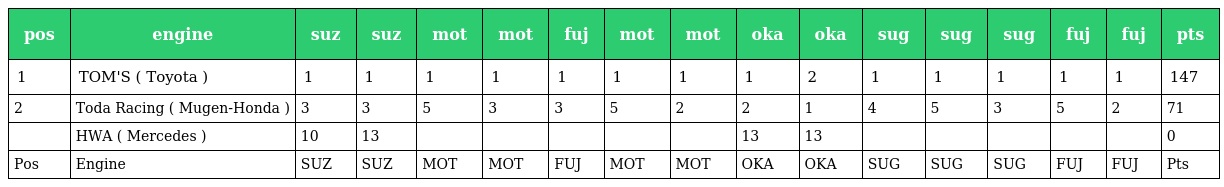
| pos | engine | suz | suz | mot | mot | fuj | mot | mot | oka | oka | sug | sug | sug | fuj | fuj | pts |
 | --- | --- | --- | --- | --- | --- | --- | --- | --- | --- | --- | --- | --- | --- | --- | --- | --- |
 | 1 | TOM'S ( Toyota ) | 1 | 1 | 1 | 1 | 1 | 1 | 1 | 1 | 2 | 1 | 1 | 1 | 1 | 1 | 147 |
 | 2 | Toda Racing ( Mugen-Honda ) | 3 | 3 | 5 | 3 | 3 | 5 | 2 | 2 | 1 | 4 | 5 | 3 | 5 | 2 | 71 |
 |  | HWA ( Mercedes ) | 10 | 13 |  |  |  |  |  | 13 | 13 |  |  |  |  |  | 0 |
 | Pos | Engine | SUZ | SUZ | MOT | MOT | FUJ | MOT | MOT | OKA | OKA | SUG | SUG | SUG | FUJ | FUJ | Pts |